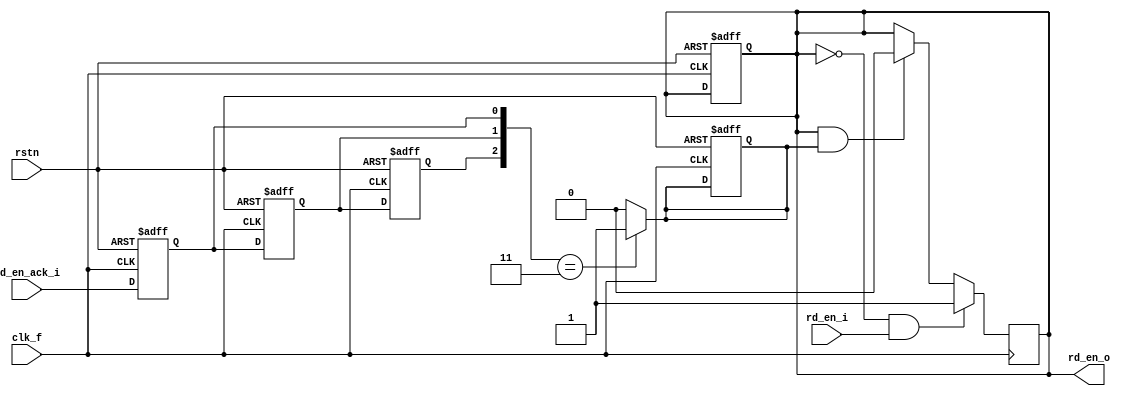
// synchronizer from fast clk domain to slow clk domain
// shake-hands implementation method 1: hold the signal
// reference: SoC Design (E.4), Chapter 7.3.2.2, Page 116

// fast clk domain part
module sync_f2s_f(
    clk_f       ,
    rstn        ,
    rd_en_i     ,
    rd_en_ack_i ,
    rd_en_o     
);

//*** PARAMETER *************************************************************************
    // none

//*** INPUT/OUTPUT **********************************************************************

    input       clk_f;
    input       rstn;
    input       rd_en_i; // suppose the input rd_en is synchronized with the clock
    input       rd_en_ack_i;
    output      rd_en_o;

//*** WIRE/REG **************************************************************************

    reg         rd_en_ack_1_r;
    reg         rd_en_ack_2_r;
    reg         rd_en_ack_3_r;
    reg         rd_en_ack_sync;
    reg         rd_en_o;

//*** MAIN BODY *************************************************************************

    always @(posedge clk_f or negedge rstn) begin
        if(~rstn) begin
            rd_en_ack_1_r   <= 1'b0;
            rd_en_ack_2_r   <= 1'b0;
            rd_en_ack_3_r   <= 1'b0;
            rd_en_ack_sync  <= 1'b0;
            rd_en_o         <= 1'b0;
        end
        else begin
            {rd_en_ack_3_r, rd_en_ack_2_r, rd_en_ack_1_r} <= {rd_en_ack_2_r, rd_en_ack_1_r, rd_en_ack_i};
        end
    end

    always @(*) begin
        if({rd_en_ack_3_r, rd_en_ack_2_r, rd_en_ack_1_r} == 3'b011) begin
            rd_en_ack_sync = 1'b1;
        end
        else begin
            rd_en_ack_sync = 1'b0;
        end
    end

    // shake-hands logic
    // Q: Can this be replaced by combination logic?
    // A: NO! Or latch will be inferred in the circuit!
    always @(posedge clk_f) begin
        if((rd_en_o == 1'b0) && (rd_en_i == 1'b1)) begin
            rd_en_o <= 1'b1;
        end
        else begin
            if((rd_en_o == 1'b1) && (rd_en_ack_sync == 1'b1)) begin
                rd_en_o <= 1'b0;
            end
        end
    end

endmodule